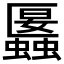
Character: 𧓱